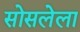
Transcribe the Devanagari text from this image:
सोसलेला